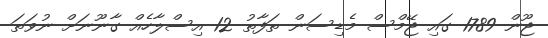
ޖޫން 1789 ގައި ޖޭމްސް މެޑިސަން ތަފާތު 12 އިސްލާހެއް ގާނޫނަށް ނުވަތަ